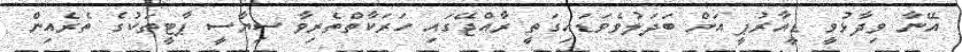
އޭނާ ވިދާޅުވީ ޑީއާރުޕީ އަށް ބަދަލުވެވަޑައިގަތީ ރާއްޖޭގައި ހަރަކާތްތެރިވާ ސިޔާސީ ޕާޓީތަކުގެ ތެރެއިން